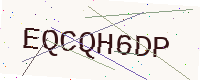
Text: EQCQH6DP